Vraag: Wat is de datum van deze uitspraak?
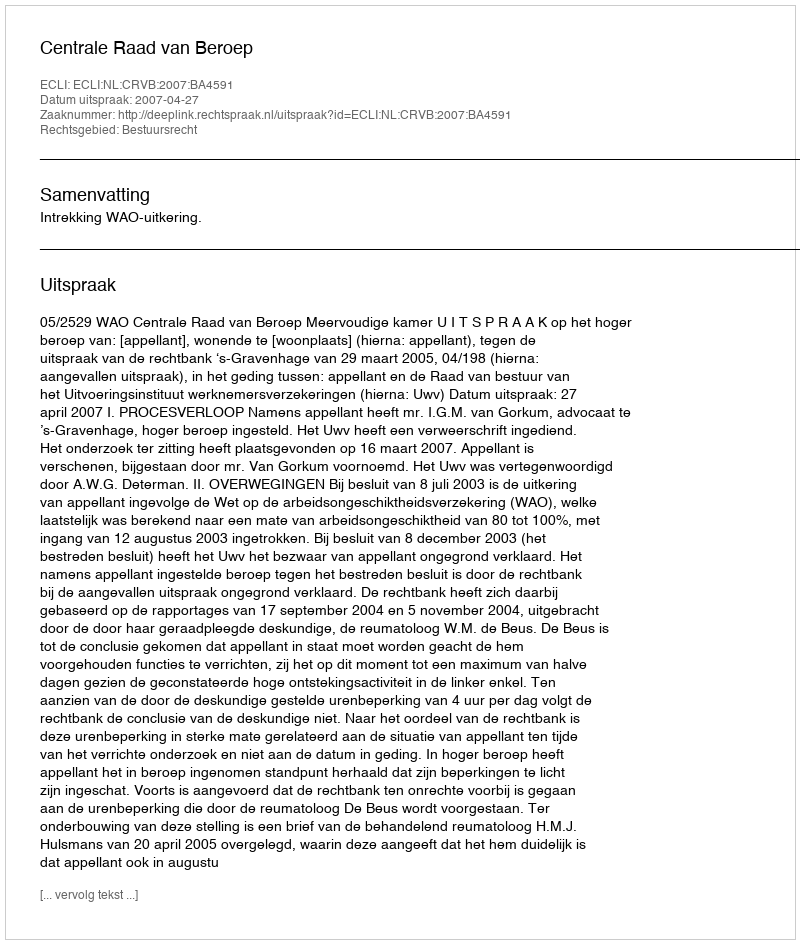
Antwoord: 2007-04-27